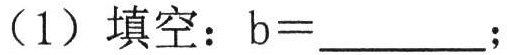
（1）填空：\(b = \underline{\quad\quad}\);